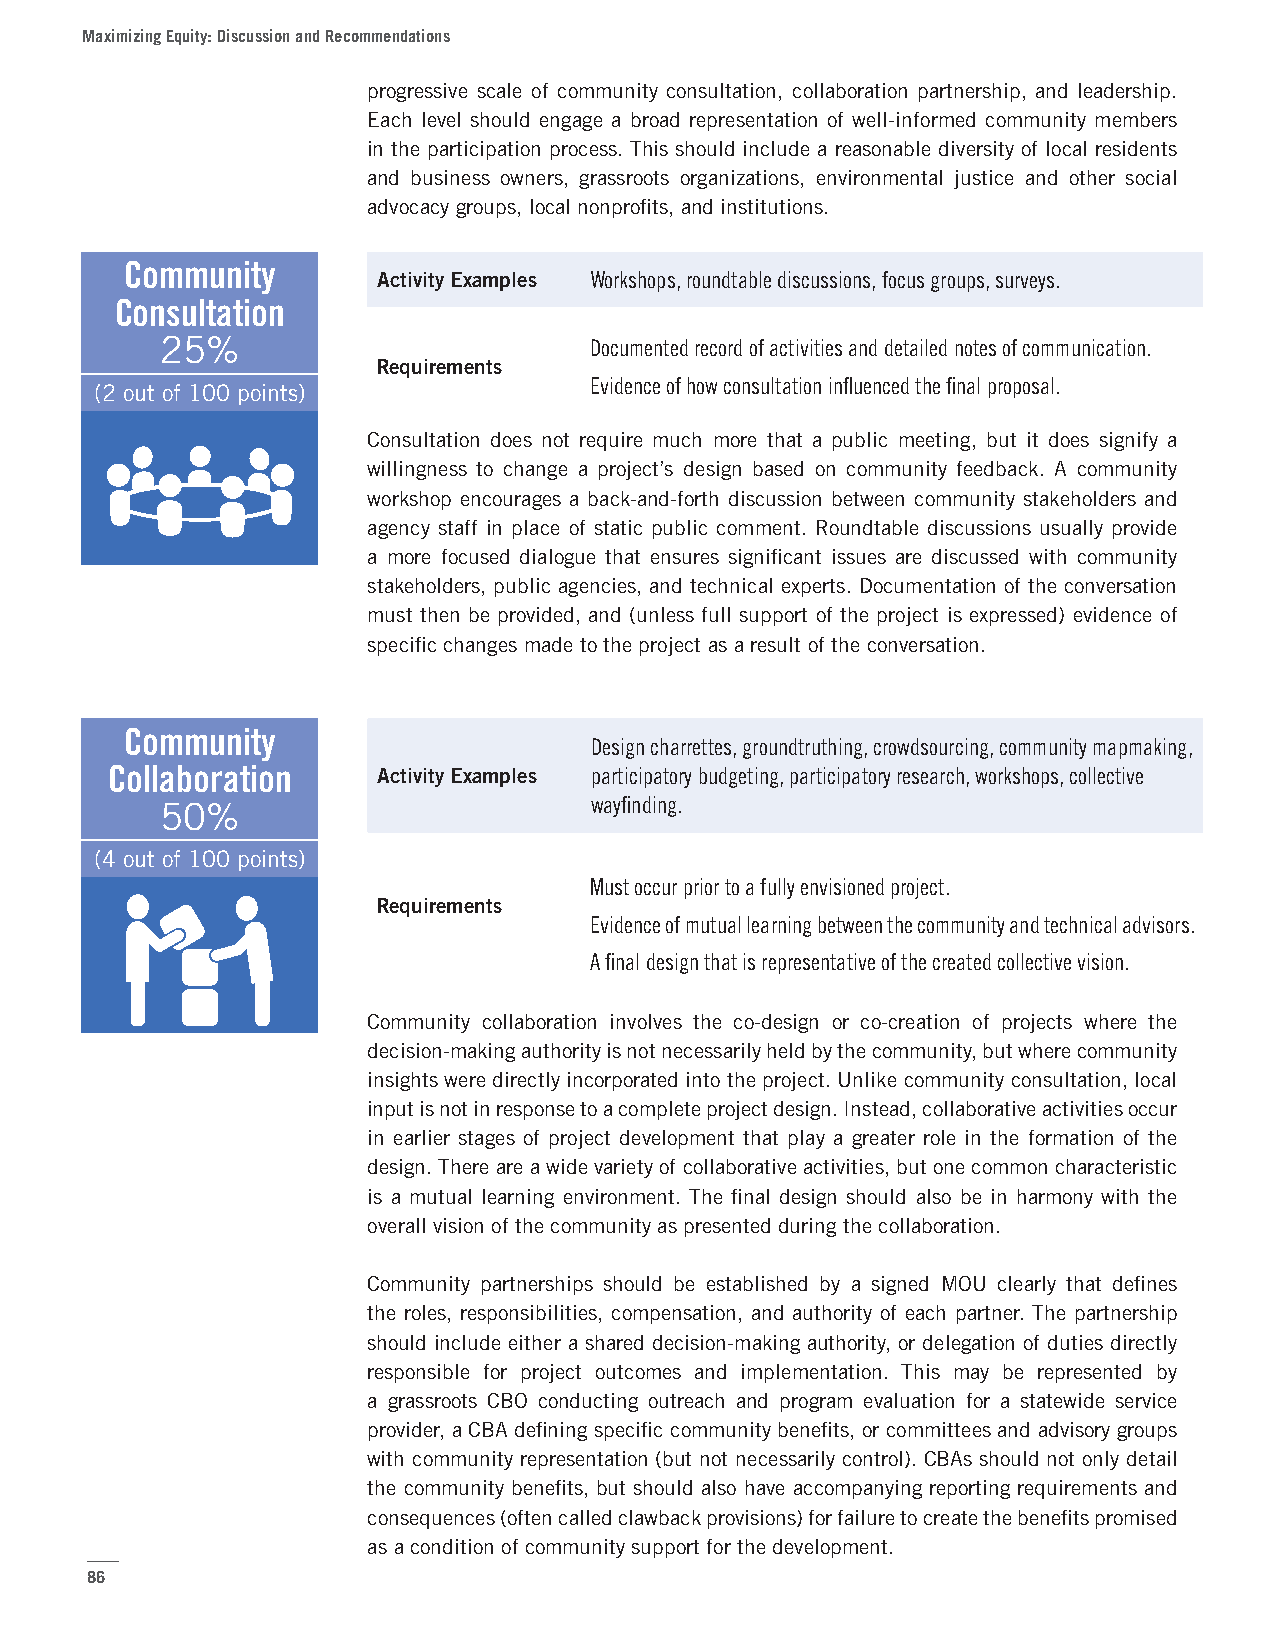
Maximizing Equity: Discussion and Recommendations
 progressive scale of community consultation, collaboration partnership, and leadership.
 Each level should engage a broad representation of well-informed community members
 in the participation process. This should include a reasonable diversity of local residents
 and business owners, grassroots organizations, environmental justice and other social
 advocacy groups, local nonprofits, and institutions.
 Community
 Activity Examples Workshops, roundtable discussions, focus groups, surveys.
 Consultation
 25%                         Documented record of activities and detailed notes of communication.
 Requirements
 Evidence of how consultation influenced the final proposal.
 (2 out of 100 points)
 Consultation does not require much more that a public meeting, but it does signify a
 willingness to change a project’s design based on community feedback. A community
 workshop encourages a back-and-forth discussion between community stakeholders and
 agency staff in place of static public comment. Roundtable discussions usually provide
 a more focused dialogue that ensures significant issues are discussed with community
 stakeholders, public agencies, and technical experts. Documentation of the conversation
 must then be provided, and (unless full support of the project is expressed) evidence of
 specific changes made to the project as a result of the conversation.
 Community
 Design charrettes, groundtruthing, crowdsourcing, community mapmaking,
 Collaboration     Activity Examples participatory budgeting, participatory research, workshops, collective
 50%                         wayfinding.
 (4 out of 100 points)
 Must occur prior to a fully envisioned project.
 Requirements
 Evidence of mutual learning between the community and technical advisors.
 A final design that is representative of the created collective vision.
 Community collaboration involves the co-design or co-creation of projects where the
 decision-making authority is not necessarily held by the community, but where community
 insights were directly incorporated into the project. Unlike community consultation, local
 input is not in response to a complete project design. Instead, collaborative activities occur
 in earlier stages of project development that play a greater role in the formation of the
 design. There are a wide variety of collaborative activities, but one common characteristic
 is a mutual learning environment. The final design should also be in harmony with the
 overall vision of the community as presented during the collaboration.
 Community partnerships should be established by a signed MOU clearly that defines
 the roles, responsibilities, compensation, and authority of each partner. The partnership
 should include either a shared decision-making authority, or delegation of duties directly
 responsible for project outcomes and implementation. This may be represented by
 a grassroots CBO conducting outreach and program evaluation for a statewide service
 provider, a CBA defining specific community benefits, or committees and advisory groups
 with community representation (but not necessarily control). CBAs should not only detail
 the community benefits, but should also have accompanying reporting requirements and
 consequences (often called clawback provisions) for failure to create the benefits promised
 as a condition of community support for the development.
 86